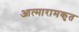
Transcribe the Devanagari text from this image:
आत्मारामकृत